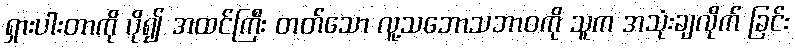
ရှားပါးတာကို ပို၍ အထင်ကြီး တတ်သော လူ့သဘောသဘာဝကို သူက အသုံးချလိုက် ခြင်း